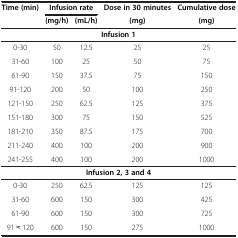
<table><thead><tr><td><b>Time (min)</b></td><td colspan="2"><b>Infusion rate</b></td><td><b>Dose in 30 minutes</b></td><td><b>Cumulative dose</b></td></tr><tr><td><b> </b></td><td><b>(mg/h)</b></td><td><b>(mL/h)</b></td><td><b>(mg)</b></td><td><b>(mg)</b></td></tr></thead><tbody><tr><td colspan="5"><b>Infusion 1</b></td></tr><tr><td>0-30</td><td>50</td><td>12.5</td><td>25</td><td>25</td></tr><tr><td>31-60</td><td>100</td><td>25</td><td>50</td><td>75</td></tr><tr><td>61-90</td><td>150</td><td>37.5</td><td>75</td><td>150</td></tr><tr><td>91-120</td><td>200</td><td>50</td><td>100</td><td>250</td></tr><tr><td>121-150</td><td>250</td><td>62.5</td><td>125</td><td>375</td></tr><tr><td>151-180</td><td>300</td><td>75</td><td>150</td><td>525</td></tr><tr><td>181-210</td><td>350</td><td>87.5</td><td>175</td><td>700</td></tr><tr><td>211-240</td><td>400</td><td>100</td><td>200</td><td>900</td></tr><tr><td>241-255</td><td>400</td><td>100</td><td>200</td><td>1000</td></tr><tr><td colspan="5"><b>Infusion 2, 3 and 4</b></td></tr><tr><td>0-30</td><td>250</td><td>62.5</td><td>125</td><td>125</td></tr><tr><td>31-60</td><td>600</td><td>150</td><td>300</td><td>425</td></tr><tr><td>61-90</td><td>600</td><td>150</td><td>300</td><td>725</td></tr><tr><td>91 ≈ 120</td><td>600</td><td>150</td><td>275</td><td>1000</td></tr></tbody></table>